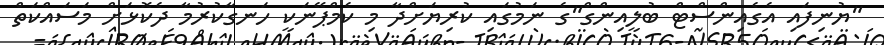
"ޔުނިފައި އެގެއިންސްޓް ބުލީއިންގް"ގެ ނަމުގައި ކުރިޔަށްދާ މި ކެމްޕޭނަކީ ހަނގާކުރުމާ ދެކޮޅަށް މަސައްކަތް